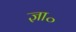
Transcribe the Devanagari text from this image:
ज्ञा॰